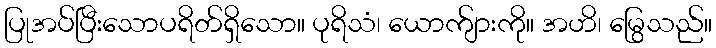
ပြုအပ်ပြီးသောပရိတ်ရှိသော။ ပုရိသံ၊ ယောက်ျားကို။ အဟိ၊ မြွေသည်။